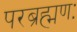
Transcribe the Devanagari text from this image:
परब्रह्मणः